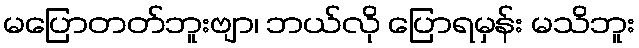
မပြောတတ်ဘူးဗျာ၊ ဘယ်လို ပြောရမှန်း မသိဘူး